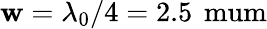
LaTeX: \mathbf{w}=\lambda_{0}/4=2.5\, \mathrm{{\ mum}}